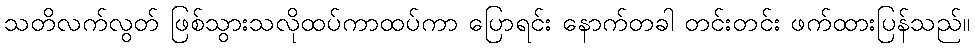
သတိလက်လွတ် ဖြစ်သွားသလိုထပ်ကာထပ်ကာ ပြောရင်း နောက်တခါ တင်းတင်း ဖက်ထားပြန်သည်။